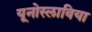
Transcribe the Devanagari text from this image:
यूनोस्लाविया